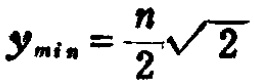
$y_{min}=\frac{n}{2}\sqrt{2}$